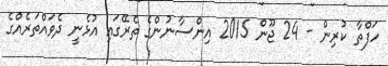
ހަފްތާ ކުރިން - 24 ޖޫން 2015 އިންސާނުންގެ ތެރޭގައި އުޅެނީ ދެވައްތަރެއްގެ